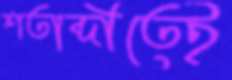
শতাব্দীতেই